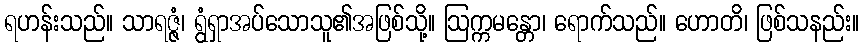
ရဟန်းသည်။ သာရဇ္ဇံ၊ ရွံရှာအပ်သောသူ၏အဖြစ်သို့။ ဩက္ကမန္တော၊ ရောက်သည်။ ဟောတိ၊ ဖြစ်သနည်း။